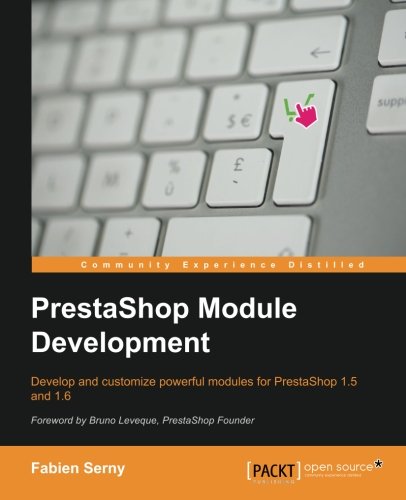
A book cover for PrestaShop Module Development; Fabien Serny; Computers & Technology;